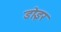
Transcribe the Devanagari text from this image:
डोइर